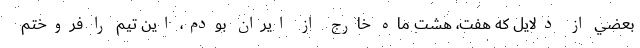
بعضي از دلايل كه هفت، ‌هشت ماه خارج از ايران بودم، اين تيم را فروختم